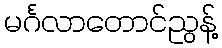
မင်္ဂလာတောင်ညွန့်